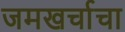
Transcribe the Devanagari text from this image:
जमखर्चाचा